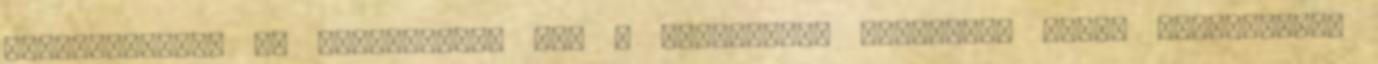
döntéshozatal és végrehajtás már a számítógép feladata. Ennek megfelelően